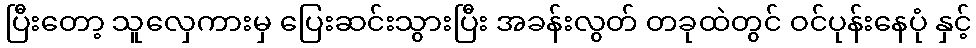
ပြီးတော့ သူလှေကားမှ ပြေးဆင်းသွားပြီး အခန်းလွတ် တခုထဲတွင် ဝင်ပုန်းနေပုံ နှင့်